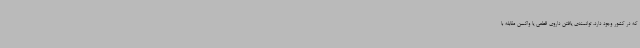
که در کشور وجود دارد، توانمندی یافتن داروی قطعی یا واکسن مقابله با